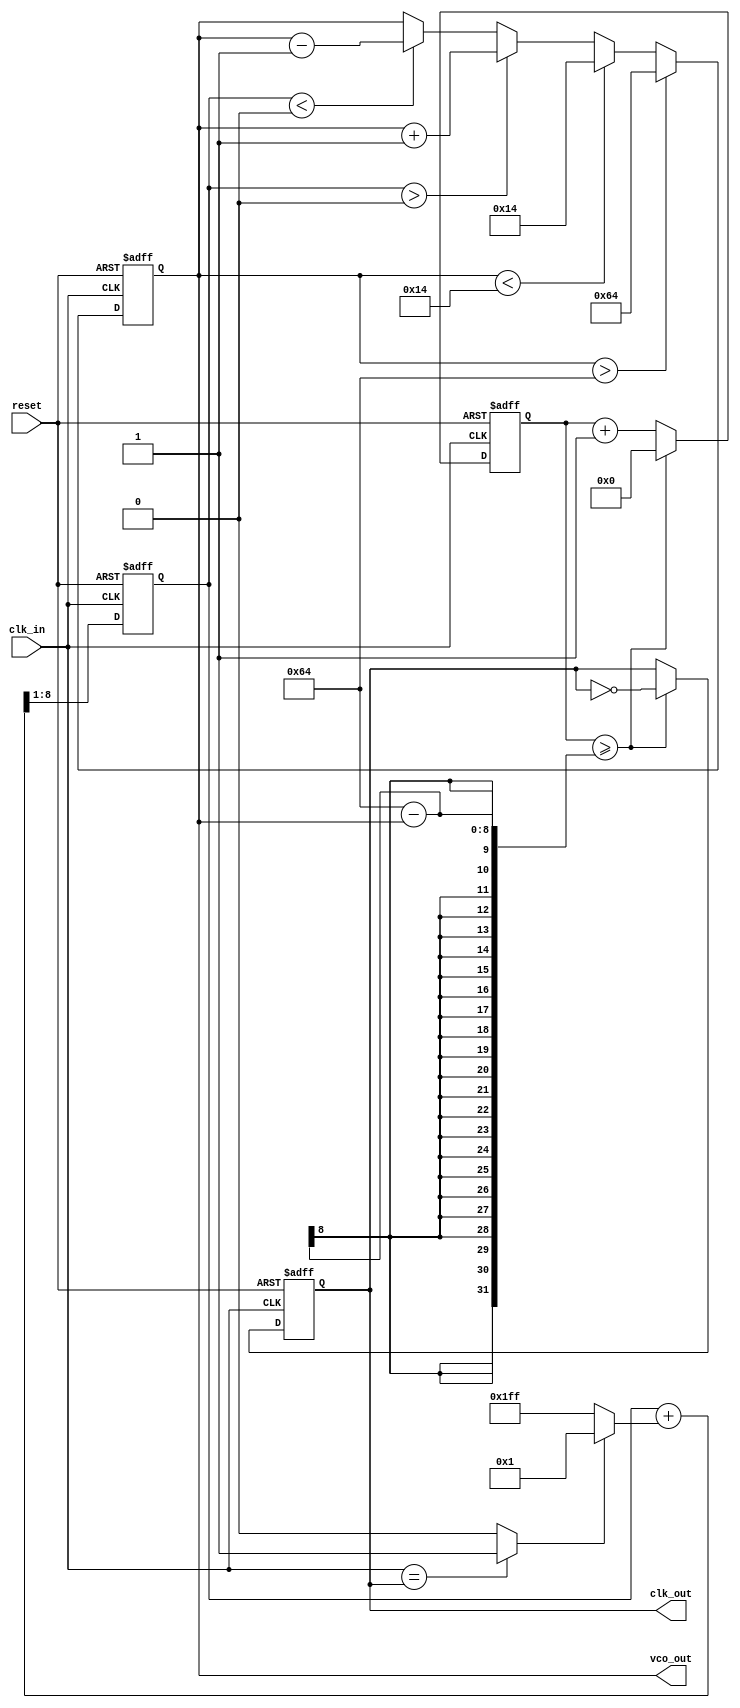
module clk_recovery_pll (
    input wire clk_in,          // Incoming data signal
    input wire reset,           // Reset signal
    output reg clk_out,         // Recovered clock output
    output wire [7:0] vco_out   // VCO output for debugging
);

    // Parameters for phase detector and vco
    parameter VCO_MAX_FREQ = 100; // Max VCO frequency, adjust as needed
    parameter VCO_MIN_FREQ = 20;   // Min VCO frequency
    parameter LF_GAIN = 1;          // Loop Filter gain for smoothing
    reg [7:0] vco_freq = 50;       // Initial frequency of VCO

    // Phase Detector (PD)
    wire phase_error;              // Phase error signal
    assign phase_error = (clk_in == clk_out) ? 1'b1 : 1'b0; // Simple phase detector logic

    // Loop Filter (LF)
    reg [7:0] filtered_error;      // Filtered error signal
    always @(posedge clk_in or posedge reset) begin
        if (reset) begin
            filtered_error <= 8'b0;
        end else begin
            filtered_error <= (filtered_error + (phase_error ? LF_GAIN : -LF_GAIN)) >> 1; // Simple LPF
        end
    end

    // Voltage-Controlled Oscillator (VCO)
    always @(posedge clk_in or posedge reset) begin
        if (reset) begin
            vco_freq <= 50; // Reset to default frequency
        end else begin
            if (filtered_error > 0) begin
                vco_freq <= vco_freq + 1; // Increase VCO frequency
            end else if (filtered_error < 0) begin
                vco_freq <= vco_freq - 1; // Decrease VCO frequency
            end

            // Clamp VCO frequency to max/min limits
            if (vco_freq > VCO_MAX_FREQ) begin
                vco_freq <= VCO_MAX_FREQ;
            end else if (vco_freq < VCO_MIN_FREQ) begin
                vco_freq <= VCO_MIN_FREQ;
            end
        end
    end

    // Output clock generation based on VCO frequency
    reg [7:0] clk_divider = 0; // Divider to generate clk_out from vco_freq
    always @(posedge clk_in or posedge reset) begin
        if (reset) begin
            clk_divider <= 0;
            clk_out <= 0;
        end else begin
            // Simple clock divider based on vco_freq
            clk_divider <= clk_divider + 1;
            if (clk_divider >= (100 - vco_freq)) begin // Simple division logic
                clk_out <= ~clk_out;
                clk_divider <= 0;
            end
        end
    end

    assign vco_out = vco_freq; // Debugging output for VCO frequency

endmodule